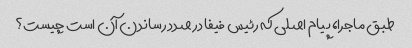
طبق ماجرا، پیام اصلی که رئیس فیفا در صدد رساندن آن است چیست؟